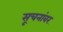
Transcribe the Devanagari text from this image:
सूचनांवर